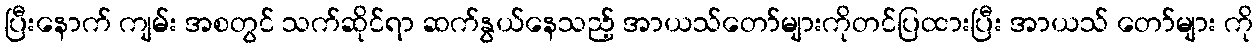
ပြီးနောက် ကျမ်း အစတွင် သက်ဆိုင်ရာ ဆက်နွယ်နေသည့် အာယသ်တော်များကိုတင်ပြထားပြီး အာယသ် တော်များ ကို